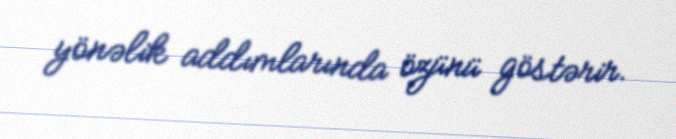
yönəlik addımlarında özünü göstərir.